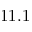
1 1 . 1